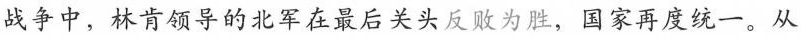
战争中，林肯领导的北军在最后关头反败为胜，国家再度统一。从